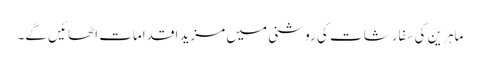
ماہرین کی سفارشات کی روشنی میں مزید اقدامات اٹھائیں گے۔